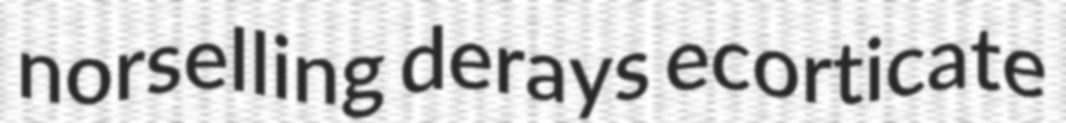
norselling derays ecorticate